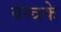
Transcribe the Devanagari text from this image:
वस्त्रके